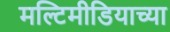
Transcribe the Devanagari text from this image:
मल्टिमीडियाच्या